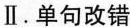
Ⅱ.单句改错